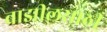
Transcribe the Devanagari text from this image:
ब्राझीलसाठी